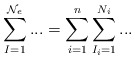
\begin{align*}\sum_{I=1}^{\mathcal{N}_{e}}...=\sum_{i=1}^{n}\sum_{I_{i}=1}^{N_{i}}...\end{align*}